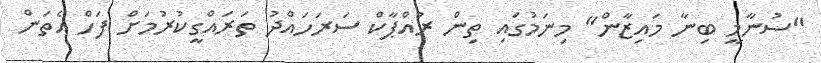
"ސުނާމީ ބިނާ މައިޒާން" މިނަމުގައި ތިން ރުއްޕާކް ސަރަހައްދު ތަރައްގީކުރުމަށް ފަހް އެތަން